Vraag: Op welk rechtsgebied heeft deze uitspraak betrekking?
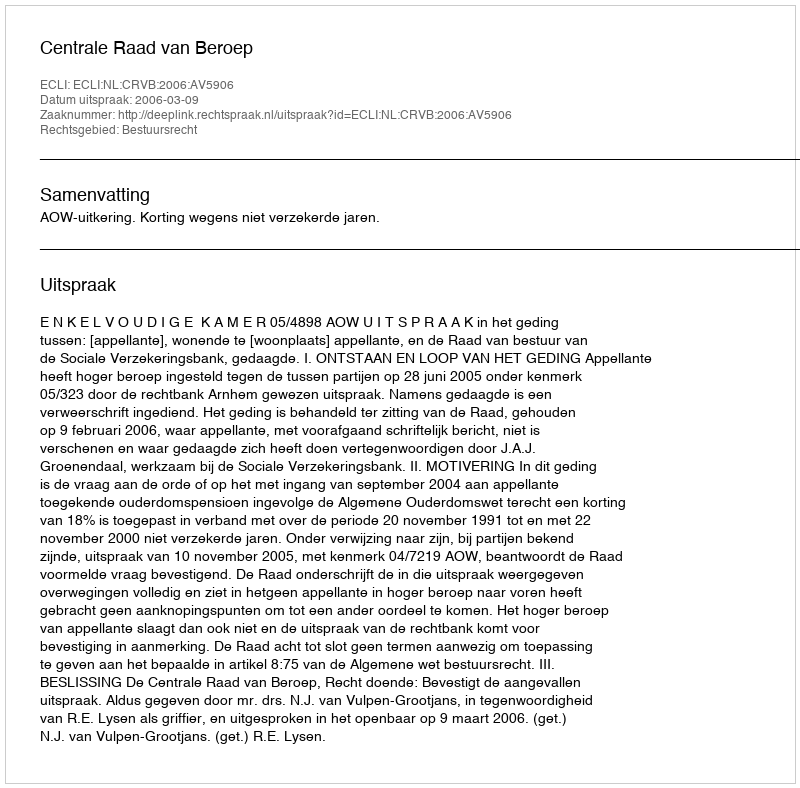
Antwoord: Bestuursrecht